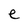
Character: e